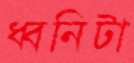
ধ্বনিটা